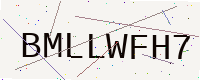
Text: BMLLWFH7